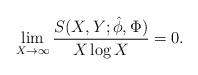
LaTeX: \begin{align*} \lim_{X \rightarrow \infty} \frac{S(X, Y;\hat{\phi}, \Phi)}{X \log X}=0.\end{align*}